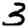
Digit: 3